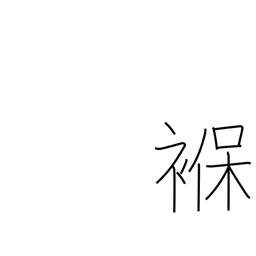
Meaning: diaper